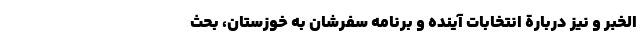
الخُبَر و نیز دربارة انتخابات آینده و برنامه سفرشان به خوزستان، بحث